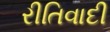
રીતિવાદી